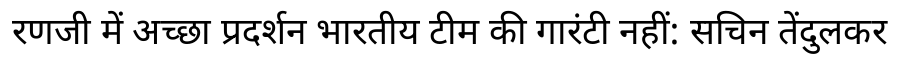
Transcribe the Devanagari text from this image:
रणजी में अच्छा प्रदर्शन भारतीय टीम की गारंटी नहीं: सचिन तेंदुलकर